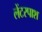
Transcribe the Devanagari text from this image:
लेंटरपाश